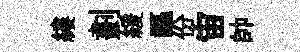
縷劃緩謳份宙帥